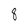
Character: 8